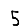
Digit: 5